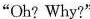
"Oh? Why?"